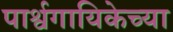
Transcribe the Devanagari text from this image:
पार्श्वगायिकेच्या